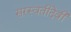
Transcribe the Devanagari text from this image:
सरस्वतीदेवी